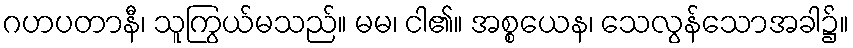
ဂဟပတာနီ၊ သူကြွယ်မသည်။ မမ၊ ငါ၏။ အစ္စယေန၊ သေလွန်သောအခါ၌။